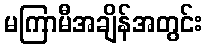
မကြာမီအချိန်အတွင်း